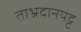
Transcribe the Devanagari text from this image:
ताभ्रदानपट्ट